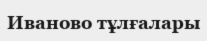
Иваново тұлғалары